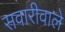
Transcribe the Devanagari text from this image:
सवारीवाले